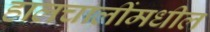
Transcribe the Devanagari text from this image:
हालचालींमधील